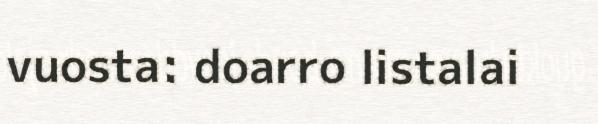
vuosta: doarro listalai